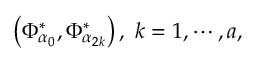
\left( \Phi _ { \alpha _ { 0 } } ^ { * } , \Phi _ { \alpha _ { 2 k } } ^ { * } \right) , \; k = 1 , \cdots , a ,